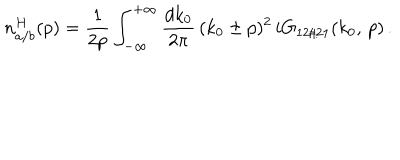
n _ { a / b } ^ { H } ( p ) = \frac { 1 } { 2 p } \int _ { - \infty } ^ { + \infty } \frac { d k _ { 0 } } { 2 \pi } \, ( k _ { 0 } \pm p ) ^ { 2 } \, i G _ { 1 2 / 2 1 } ( k _ { 0 } , \, p ) \, .